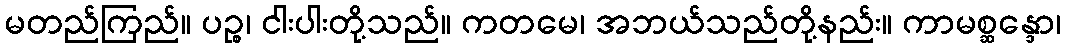
မတည်ကြည်။ ပဉ္စ၊ ငါးပါးတို့သည်။ ကတမေ၊ အဘယ်သည်တို့နည်း။ ကာမစ္ဆန္ဒော၊